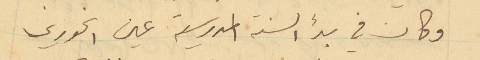
وكان في بدء السنة المدرسية عين الخوري